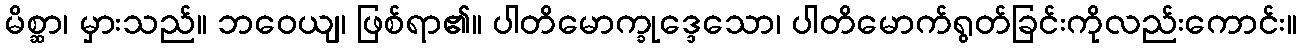
မိစ္ဆာ၊ မှားသည်။ ဘဝေယျ၊ ဖြစ်ရာ၏။ ပါတိမောက္ခုဒ္ဒေသော၊ ပါတိမောက်ရွတ်ခြင်းကိုလည်းကောင်း။